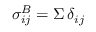
\sigma _ { i j } ^ { B } = \Sigma \, \delta _ { i j }